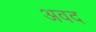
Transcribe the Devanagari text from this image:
अवद